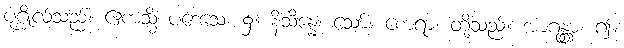
ပုဂ္ဂိုလ်သည်။ ဧကသ္မိံ ပဒေသေ၊ ၌။ နိသိန္နေ၊ သော်။ စောရာ၊ တို့သည်။ အာဂန္တွာ၊ ၍။